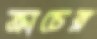
ক্রাচের